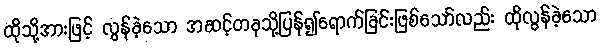
ထိုသို့အားဖြင့် လွန်ခဲ့သော အဆင့်တခုသို့ပြန်၍ရောက်ခြင်းဖြစ်သော်လည်း ထိုလွန်ခဲ့သော